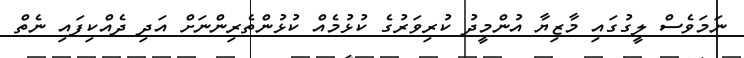
ނަމަވެސް ލީގުގައި މާޒިޔާ އުންމީދު ކުރިވަރުގެ ކުޅުމެއް ކުޅުންތެރިންނަށް އަދި ދެއްކިފައި ނެތް